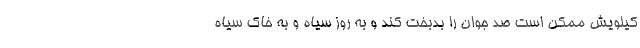
کیلویش ممکن است صد جوان را بدبخت کند و به روز سیاه و به خاک سیاه